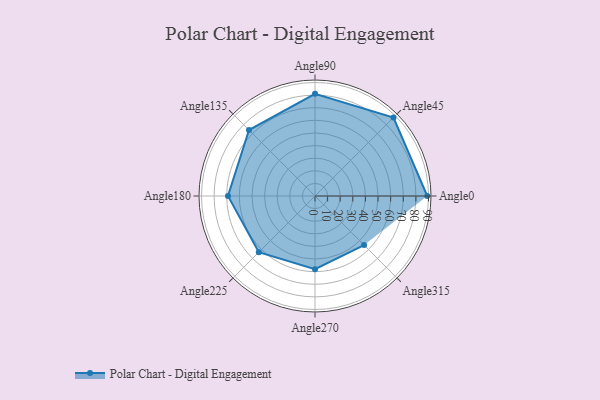
{"axis": {"x": "Angle", "y": "Radius"}, "legend": [""], "data": [{"x": "Angle0", "y": 89.0, "type": ""}, {"x": "Angle45", "y": 88.0, "type": ""}, {"x": "Angle90", "y": 81.0, "type": ""}, {"x": "Angle135", "y": 74.0, "type": ""}, {"x": "Angle180", "y": 69.0, "type": ""}, {"x": "Angle225", "y": 63.0, "type": ""}, {"x": "Angle270", "y": 58.0, "type": ""}, {"x": "Angle315", "y": 55.0, "type": ""}]}